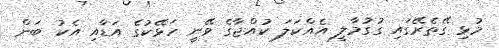
މުޅި ގޭތެރޭގައި ގުގުމާލީ އެއްކަލަ ކުއްޖާގެ ވޭނީ ހަޅޭކުގެ އަޑާއި އެކު ބަން